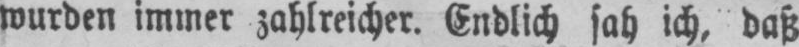
wurden immer zahlreicher. Endlich sah ich, daß